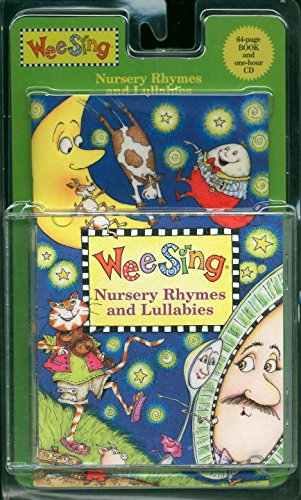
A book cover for Wee Sing Nursery Rhymes and Lullabies; Pamela Conn Beall; Children's Books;